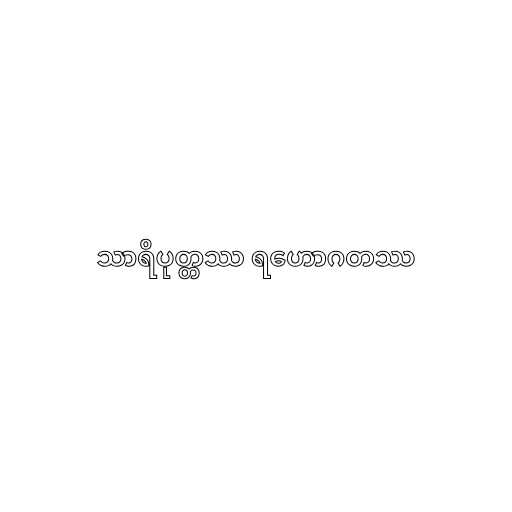
သာရိပုတ္တဿ ရဟောဂတဿ